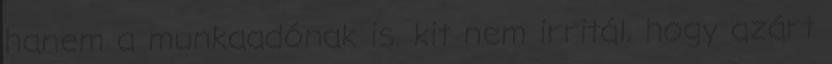
hanem a munkaadónak is. kit nem irritál, hogy azárt